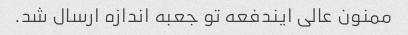
ممنون عالی ایندفعه تو جعبه اندازه ارسال شد.